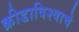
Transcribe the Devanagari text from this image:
क्रीडाविश्वाचे